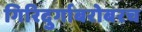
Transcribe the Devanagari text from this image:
गिरिदुर्गाबरोबरच